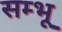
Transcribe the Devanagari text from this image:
सम्भू